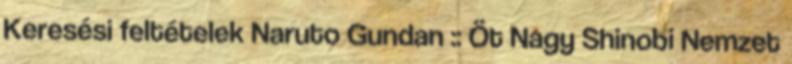
Keresési feltételek Naruto Gundan :: Öt Nagy Shinobi Nemzet